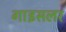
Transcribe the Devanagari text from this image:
गाइसलर